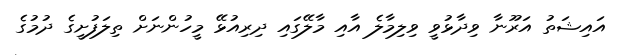
އައިޝަތު އަރޫނާ ވިދާޅުވީ ވިލިމާލެ އާއި މާލޭގައި ދިރިއުޅޭ މީހުންނަށް ތިލަފުށީގެ ދުމުގެ